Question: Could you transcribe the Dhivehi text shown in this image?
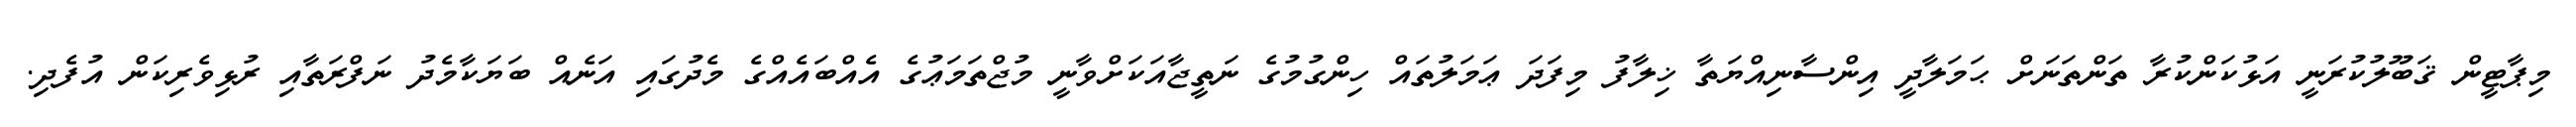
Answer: މިޕާޓީން ޤަބޫލުކުރަނީ އަޅުކަންކުރާ ތަންތަނަށް ޙަމަލާދީ އިންސާނިއްޔަތާ ޚިލާފު މިފަދަ ޢަމަލުތައް ހިންގުމުގެ ނަތީޖާއަކަށްވާނީ މުޖްތަމަޢުގެ އެއްބައެއްގެ މެދުގައި އަނެއް ބަޔަކާމެދު ނަފްރަތާއި ރުޅިވެރިކަން އުފެދި.